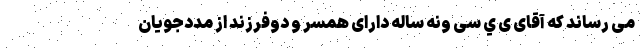
می رساند که آقای ی ي سی ونه ساله دارای همسر و دوفرزند از مددجویان